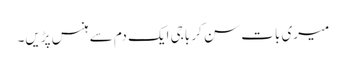
میری بات سن کر باجی ایک دم سے ہنس پڑیں۔